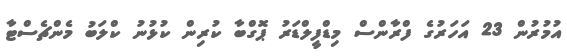
އުމުރުން 23 އަހަރުގެ ފްރާންސް މިޑްފީލްޑަރު ޕޮގްބާ ކުރިން ކުޅުނު ކްލަބު މެންޗެސްޓާ